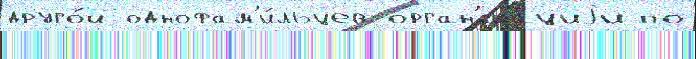
друго́й однофам'и́льцев орган'иза́циjи по